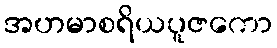
အဟမာစရိယပူဇကော